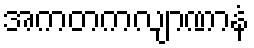
အကတကလျာဏာနံ